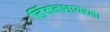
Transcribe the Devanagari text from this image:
लिंकनशायरला